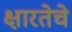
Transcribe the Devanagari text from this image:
क्षारतेचे